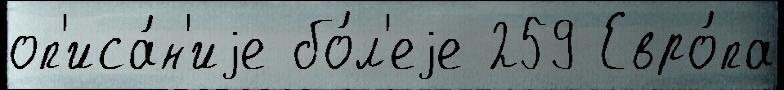
оп'иса́н'иjе бо́л'еjе 259 Евро́па